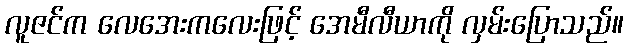
လူဇင်က လေအေးကလေးဖြင့် အေမီလီယာကို လှမ်းပြောသည်။